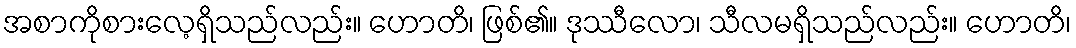
အစာကိုစားလေ့ရှိသည်လည်း။ ဟောတိ၊ ဖြစ်၏။ ဒုဿီလော၊ သီလမရှိသည်လည်း။ ဟောတိ၊